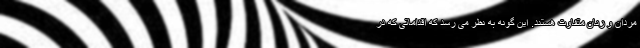
مردان و زنان متفاوت هستند. این گونه به نظر می رسد که اقداماتی که در